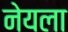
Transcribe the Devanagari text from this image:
नेयला